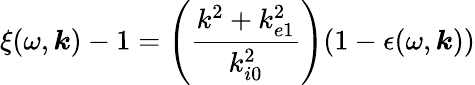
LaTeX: \xi(\omega,\boldsymbol{k})-1=\left(\frac{k^{2}+k_{e1}^{2}}{k_{i0}^{2}}\right)(1-\epsilon(\omega,\boldsymbol{k}))